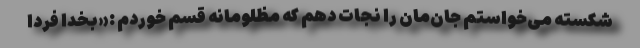
شکسته می‌خواستم جان‌مان را نجات دهم که مظلومانه قسم خوردم :«بخدا فردا